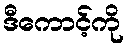
ဒီကောင့်ကို